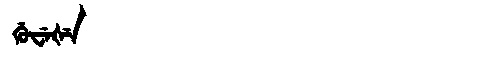
Manchu: ᡤᡠᠸᡝᡧᡝ
Romanization: GUWEŠE